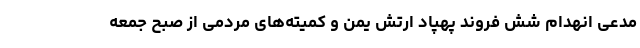
مدعی انهدام شش فروند پهپاد ارتش یمن و کمیته‌های مردمی از صبح جمعه